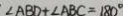
\angle A B D + \angle A B C = 1 8 0 ^ { \circ }